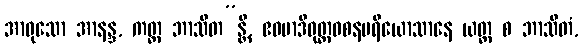
အာဝုသော အာနန္ဒ, ကတ္ထ ဘာသိတ”န္တိ, ဧဝမာဒိဝုတ္တဝစနပရိယောသာနေ ယတ္ထ စ ဘာသိတံ,